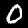
Digit: 0